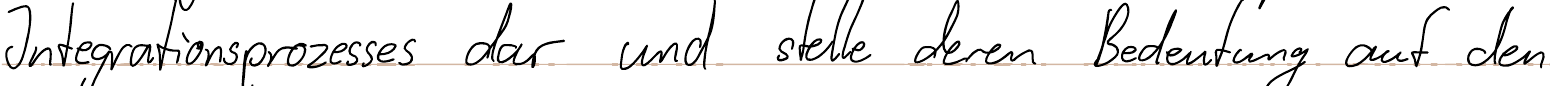
Integrationsprozesses dar und stelle deren Bedeutung auf den